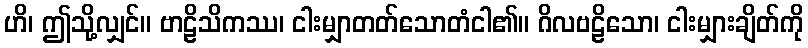
ဟိ၊ ဤသို့လျှင်။ ဗာဠိသိကဿ၊ ငါးမျှာတတ်သောတံငါ၏။ ဂိလဗဠိသော၊ ငါးမျှားချိတ်ကို